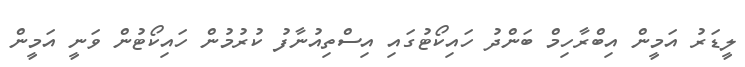
ލީޑަރު އަމީން އިބްރާހިމް ބަންދު ހައިކޯޓުގައި އިސްތިއުނާފު ކުރުމުން ހައިކޯޓުން ވަނީ އަމީން